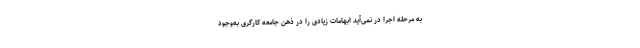
به مرحله اجرا در نمی‌آید ابهامات زیادی را در ذهن جامعه کارگری به‌وجود